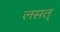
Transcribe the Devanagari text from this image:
लसत्